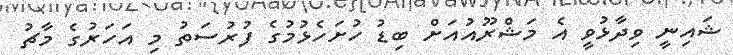
ޝައިނީ ވިދާޅުވީ އެ މަޝްރޫއުއަށް ބިޑު ހުށަހެޅުމުގެ ފުރުސަތު މި އަހަރުގެ މާޗު